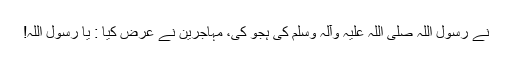
نے رسول اللہ صلی اللہ علیہ وآلہ وسلم کی ہجو کی، مہاجرین نے عرض کیا : یا رسول اللہ!